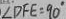
\angle D F E = 9 0 ^ { \circ }